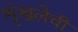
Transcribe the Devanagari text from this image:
शृंखलेची